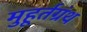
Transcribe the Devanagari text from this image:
मुहूर्तग्रंथ